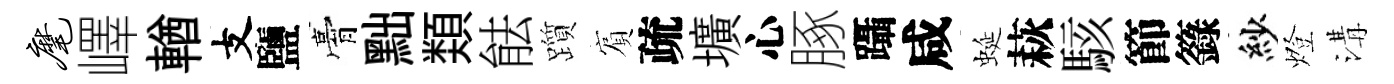
麾嶧輶支鹽膏黜𩔖䏻躓賔疏壙心䐁躡咸蜒萩駭節籙紗燈溝